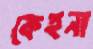
কেহনা